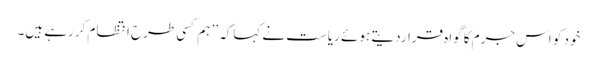
خود کو اس جرم کا گواہ قراردیتے ہوئے ریاست نے کہاکہ ’’ ہم کسی طرح انتظا م کررہے ہیں۔